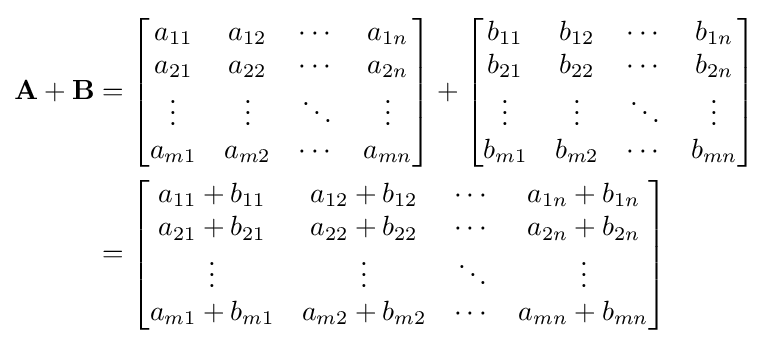
{\begin{aligned}\mathbf {A} +\mathbf {B} &={\begin{bmatrix}a_{11}&a_{12}&\cdots &a_{1n}\\a_{21}&a_{22}&\cdots &a_{2n}\\\vdots &\vdots &\ddots &\vdots \\a_{m1}&a_{m2}&\cdots &a_{mn}\\\end{bmatrix}}+{\begin{bmatrix}b_{11}&b_{12}&\cdots &b_{1n}\\b_{21}&b_{22}&\cdots &b_{2n}\\\vdots &\vdots &\ddots &\vdots \\b_{m1}&b_{m2}&\cdots &b_{mn}\\\end{bmatrix}}\\&={\begin{bmatrix}a_{11}+b_{11}&a_{12}+b_{12}&\cdots &a_{1n}+b_{1n}\\a_{21}+b_{21}&a_{22}+b_{22}&\cdots &a_{2n}+b_{2n}\\\vdots &\vdots &\ddots &\vdots \\a_{m1}+b_{m1}&a_{m2}+b_{m2}&\cdots &a_{mn}+b_{mn}\\\end{bmatrix}}\\\end{aligned}}\,\!